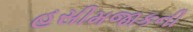
હસીમજાકની